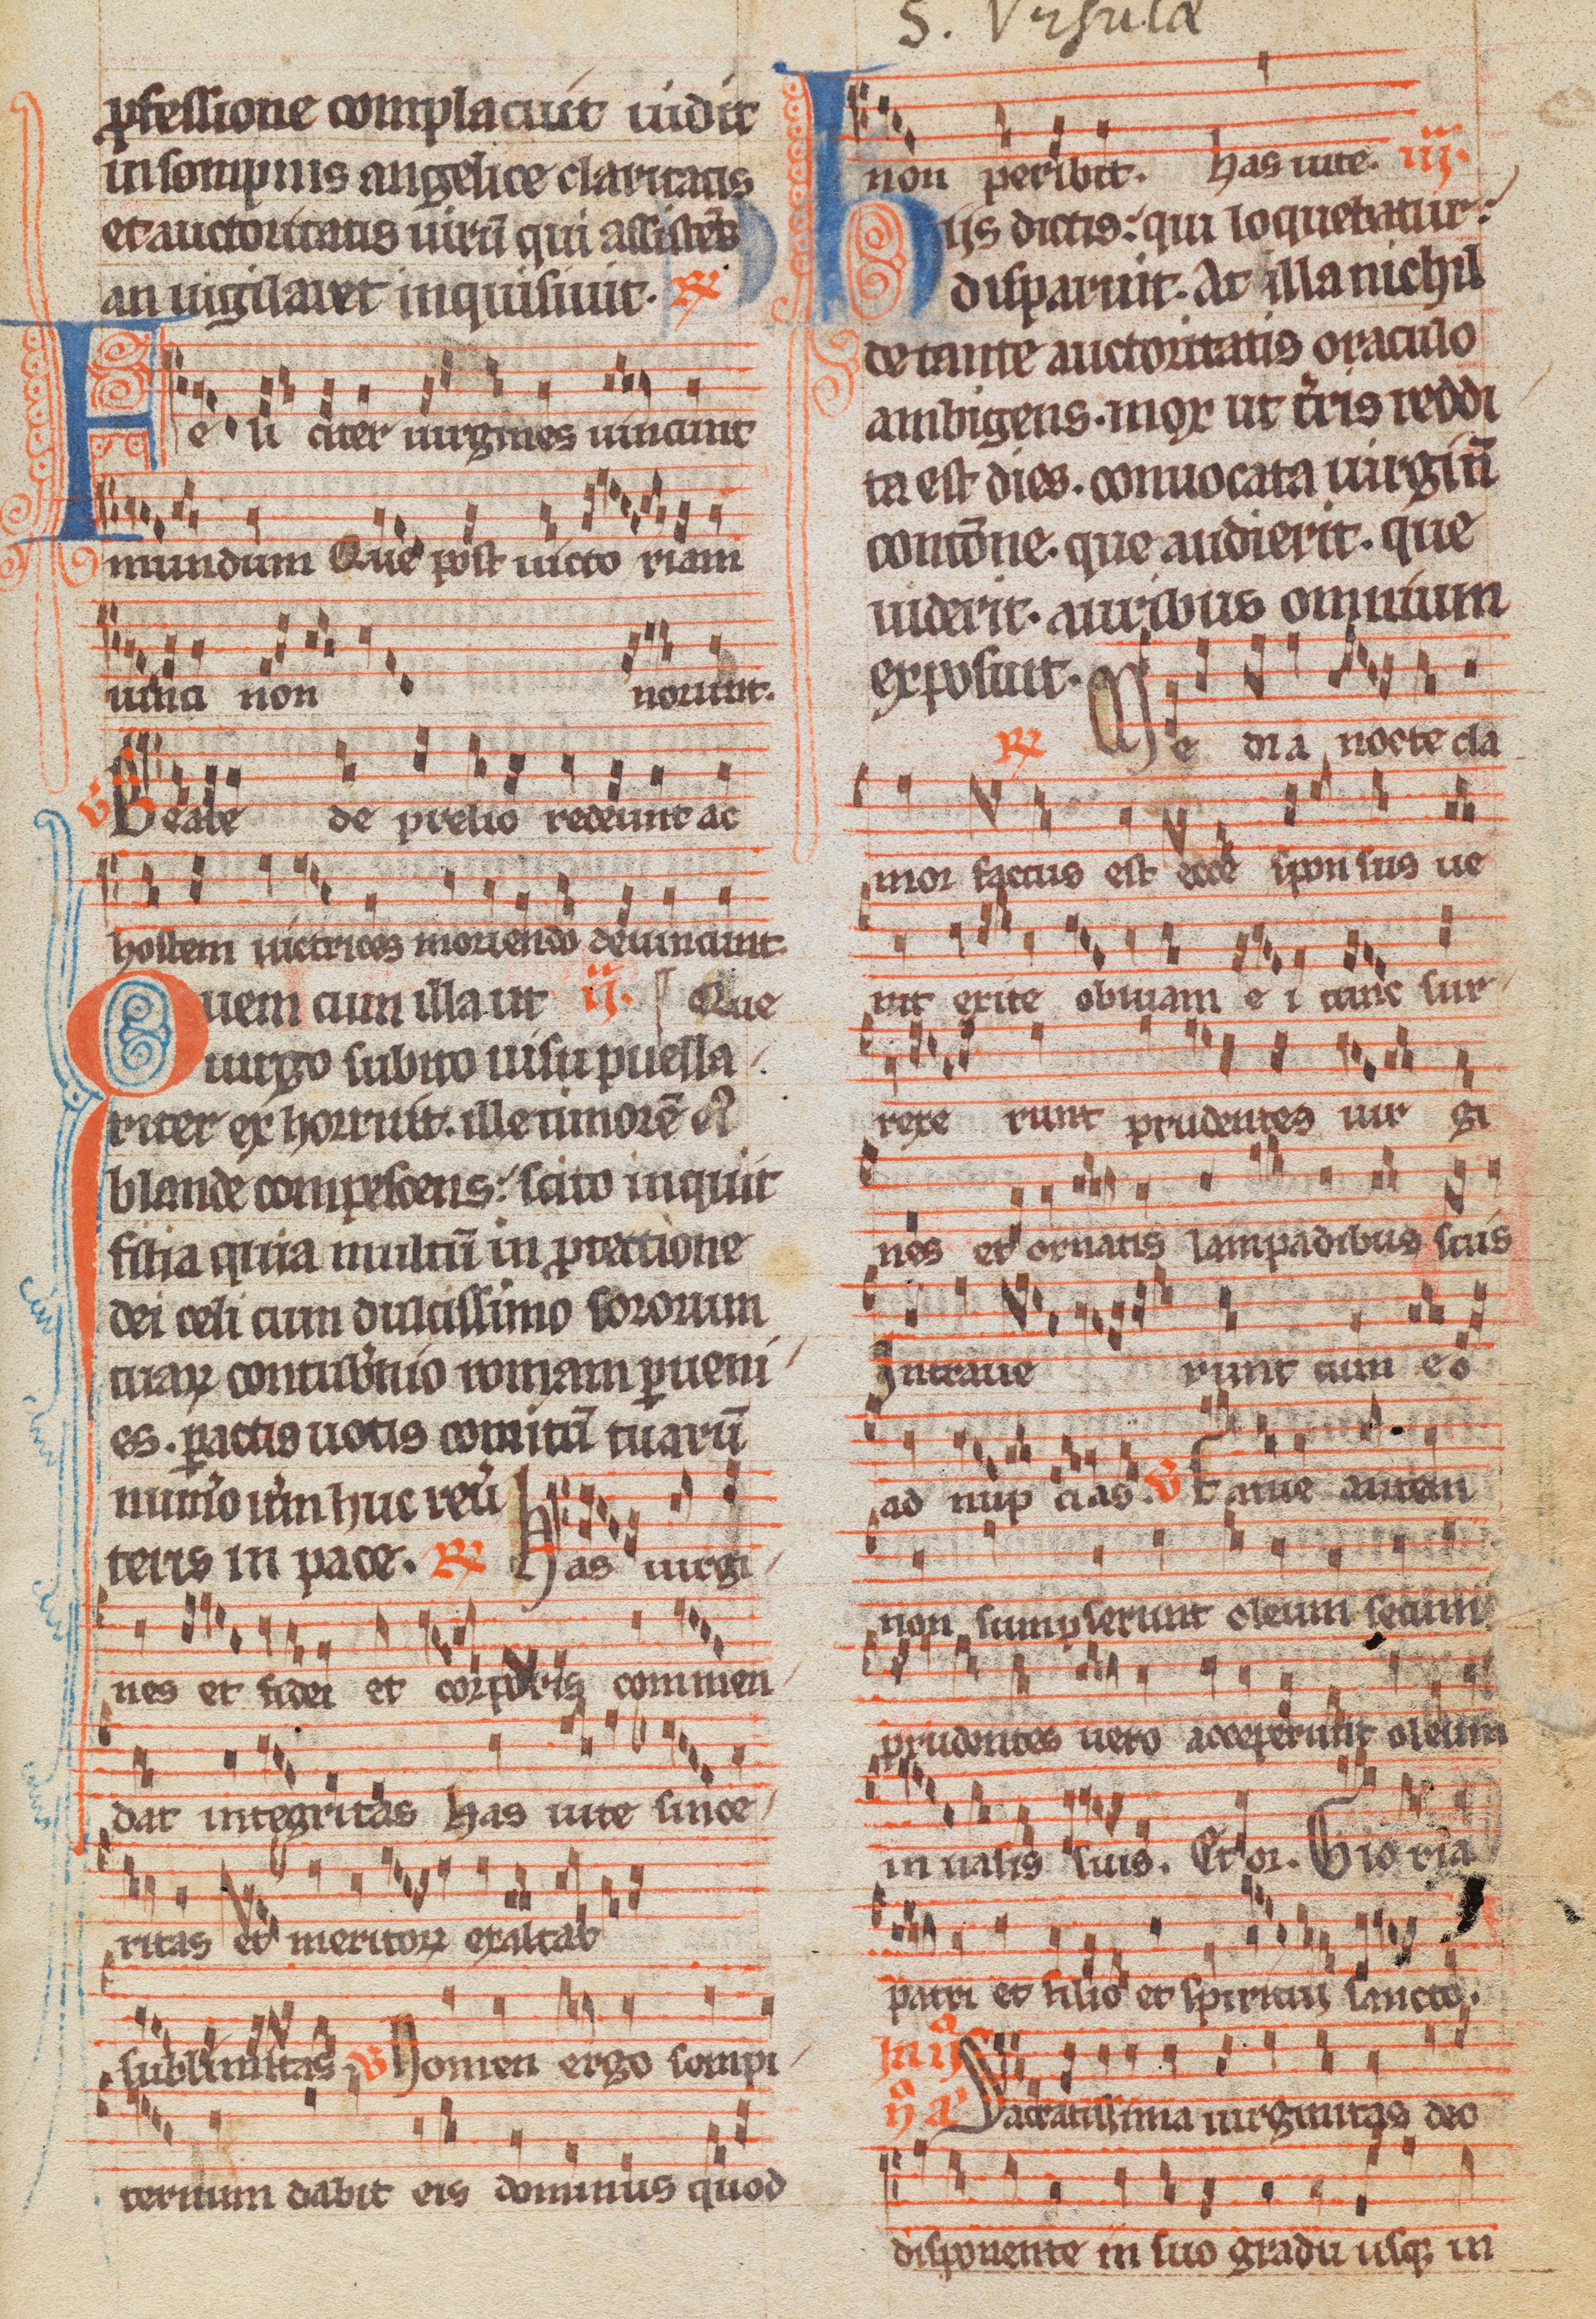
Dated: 1285–1315